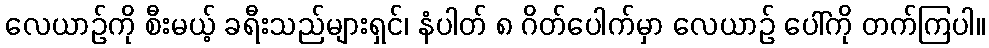
လေယာဉ်ကို စီးမယ့် ခရီးသည်များရှင်၊ နံပါတ် ၈ ဂိတ်ပေါက်မှာ လေယာဉ် ပေါ်ကို တက်ကြပါ။